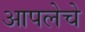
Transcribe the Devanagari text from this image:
आपलेचे